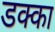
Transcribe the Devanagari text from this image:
डक्का